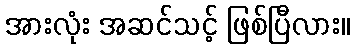
အားလုံး အဆင်သင့် ဖြစ်ပြီလား။